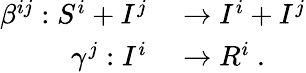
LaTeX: \begin{array}{rl}{\beta^{ij}:S^{i}+I^{j}}&{{}\to I^{i}+I^{j}}\\ {\gamma^{j}:I^{i}}&{{}\to R^{i}~.}\end{array}